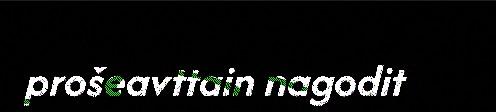
prošeavttain nagodit